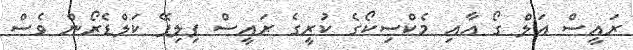
ރައީސް އަލް ގޯ އާއި މެކްސިކޯގެ ކުރީގެ ރައީސް ފިލިޕޭ ކަލްޑެރޯން ވެސް